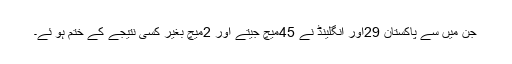
جن میں سے پاکستان 29اور انگلینڈ نے 45میچ جیتے اور 2میچ بغیر کسی نتیجے کے ختم ہو ئے۔